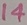
Text: 14